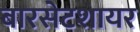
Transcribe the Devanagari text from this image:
बारसेटशायर